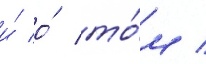
и́ о́ то́м /